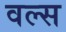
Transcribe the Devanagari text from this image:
वल्स